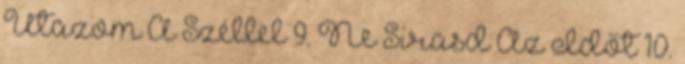
Utazom A Széllel 9. Ne Sirasd Az Időt 10.